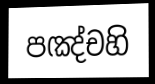
පඤ්චහි